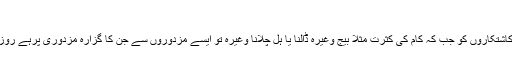
(بدر جلد نمبر ۶ صفحہ ۱۴ بتاریخ ۲۴؍فرور ی۱۹۰۷ ء)
پھر ایک سوال پیش ہوا کہ بعض اوقات رمضان ایسے موسم میں آتاہے کہ کاشتکاروں کو جب کہ کام کی کثرت مثلاً بیج وغیرہ ڈالنا یا ہل چلانا وغیرہ تو ایسے مزدوروں سے جن کا گزارہ مزدوری پرہے روزہ نہیں رکھا جاتا، گرمی بہت شدید ہوتی ہے تو ان کی نسبت کیا ارشاد ہے۔